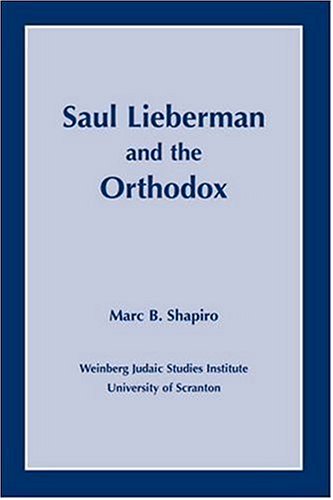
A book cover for Saul Lieberman and the Orthodox; Marc B. Shapiro; Religion & Spirituality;